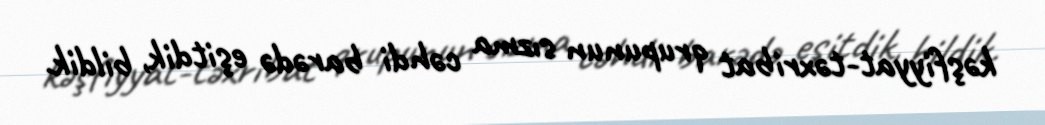
kəşfiyyat-təxribat qrupunun sızma cəhdi barədə eşitdik, bildik.